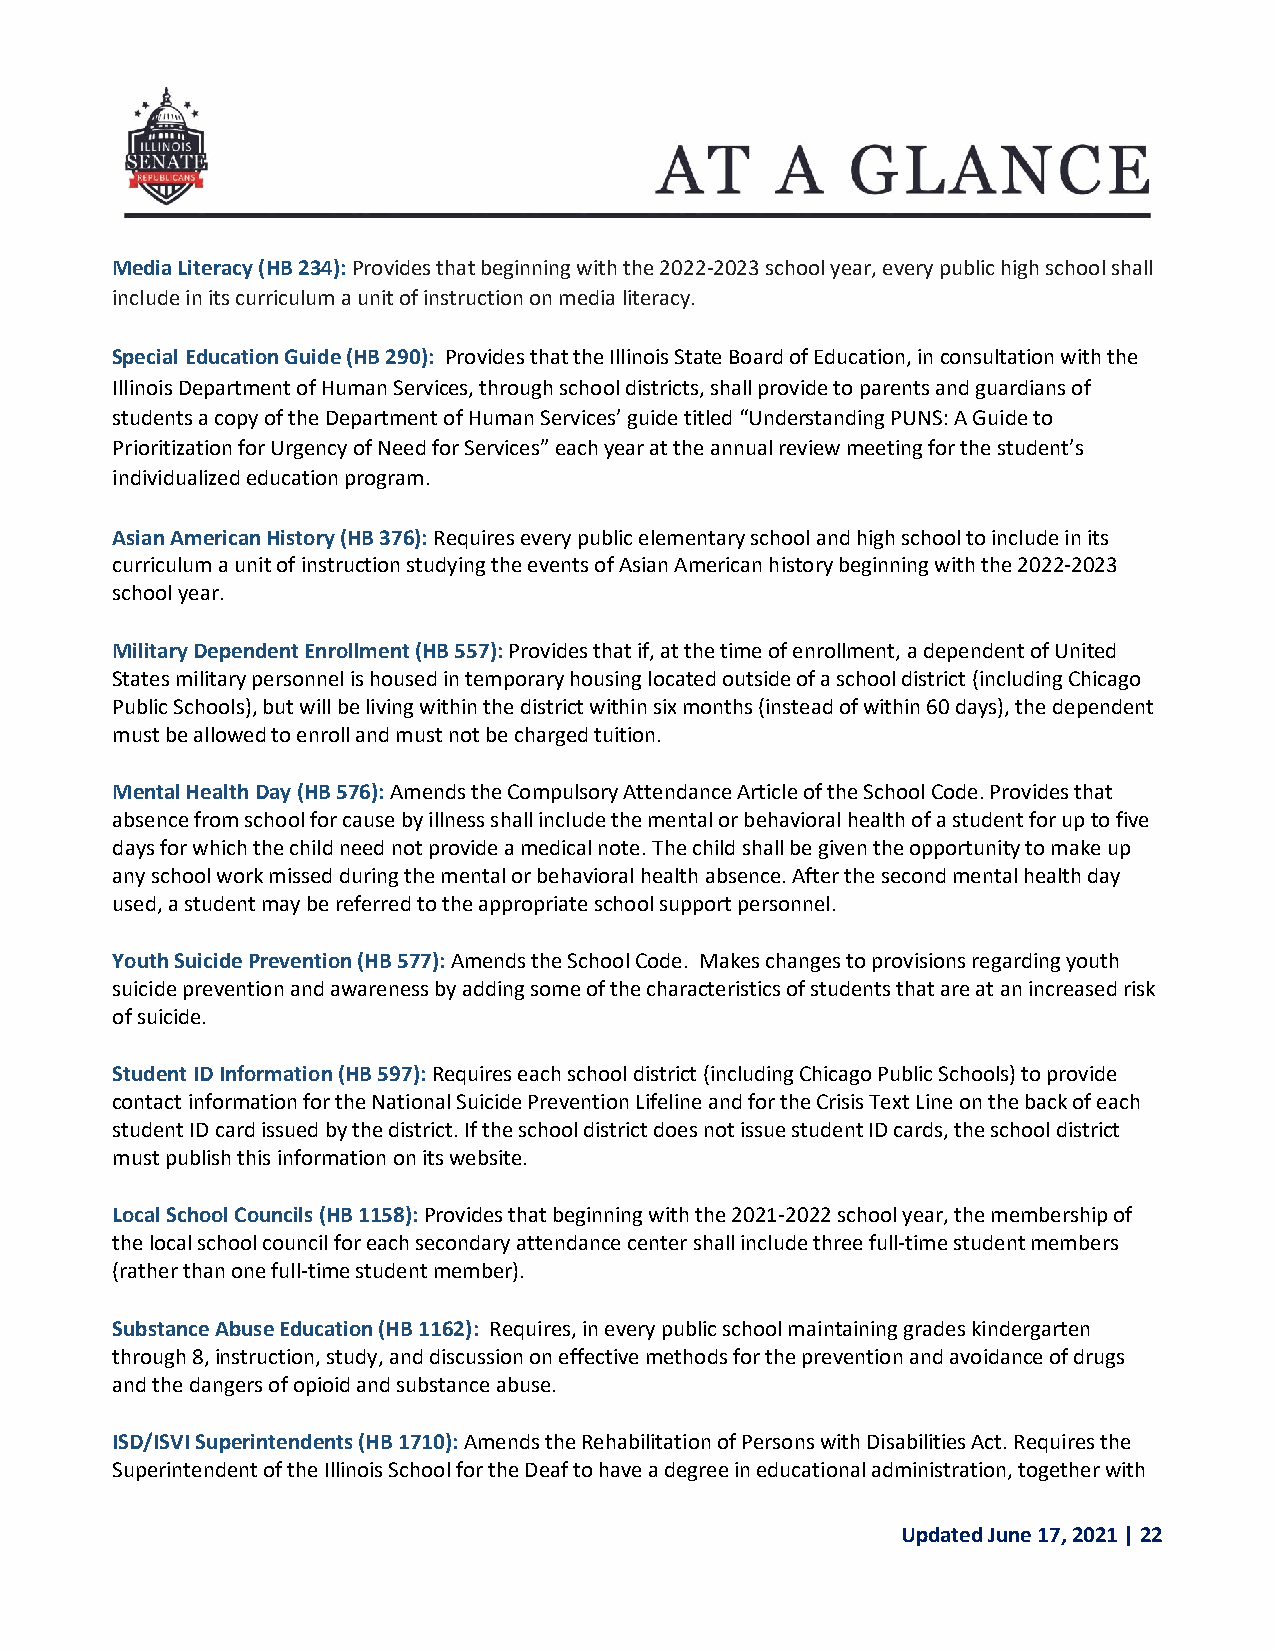
Media Literacy (HB 234): Provides that beginning with the 2022-2023 school year, every public high school shall
 include in its curriculum a unit of instruction on media literacy.
 Special Education Guide (HB 290): Provides that the Illinois State Board of Education, in consultation with the
 Illinois Department of Human Services, through school districts, shall provide to parents and guardians of
 students a copy of the Department of Human Services’ guide titled “Understanding PUNS: A Guide to
 Prioritization for Urgency of Need for Services” each year at the annual review meeting for the student’s
 individualized education program.
 Asian American History (HB 376): Requires every public elementary school and high school to include in its
 curriculum a unit of instruction studying the events of Asian American history beginning with the 2022-2023
 school year.
 Military Dependent Enrollment (HB 557): Provides that if, at the time of enrollment, a dependent of United
 States military personnel is housed in temporary housing located outside of a school district (including Chicago
 Public Schools), but will be living within the district within six months (instead of within 60 days), the dependent
 must be allowed to enroll and must not be charged tuition.
 Mental Health Day (HB 576): Amends the Compulsory Attendance Article of the School Code. Provides that
 absence from school for cause by illness shall include the mental or behavioral health of a student for up to five
 days for which the child need not provide a medical note. The child shall be given the opportunity to make up
 any school work missed during the mental or behavioral health absence. After the second mental health day
 used, a student may be referred to the appropriate school support personnel.
 Youth Suicide Prevention (HB 577): Amends the School Code. Makes changes to provisions regarding youth
 suicide prevention and awareness by adding some of the characteristics of students that are at an increased risk
 of suicide.
 Student ID Information (HB 597): Requires each school district (including Chicago Public Schools) to provide
 contact information for the National Suicide Prevention Lifeline and for the Crisis Text Line on the back of each
 student ID card issued by the district. If the school district does not issue student ID cards, the school district
 must publish this information on its website.
 Local School Councils (HB 1158): Provides that beginning with the 2021-2022 school year, the membership of
 the local school council for each secondary attendance center shall include three full-time student members
 (rather than one full-time student member).
 Substance Abuse Education (HB 1162): Requires, in every public school maintaining grades kindergarten
 through 8, instruction, study, and discussion on effective methods for the prevention and avoidance of drugs
 and the dangers of opioid and substance abuse.
 ISD/ISVI Superintendents (HB 1710): Amends the Rehabilitation of Persons with Disabilities Act. Requires the
 Superintendent of the Illinois School for the Deaf to have a degree in educational administration, together with
 Updated June 17, 2021 | 22